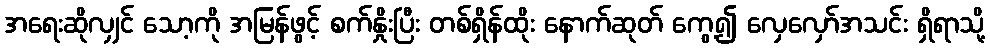
အရေးဆိုလျှင် သော့ကို အမြန်ဖွင့် စက်နှိုးပြီး တစ်ရှိန်ထိုး နောက်ဆုတ် ကွေ့၍ လှေလှော်အသင်း ရှိရာသို့